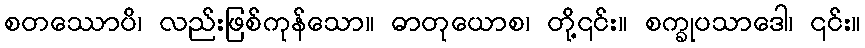
စတဿောပိ၊ လည်းဖြစ်ကုန်သော။ ဓာတုယောစ၊ တို့၎င်း။ စက္ခုပသာဒေါ၊ ၎င်း။